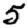
Digit: 5